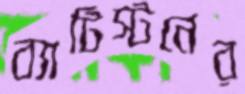
ব্যাটিস্টনের